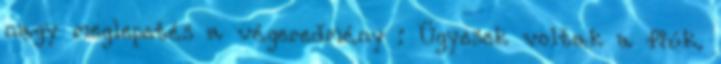
nagy meglepetés a végeredmény : Ügyesek voltak a fiúk.